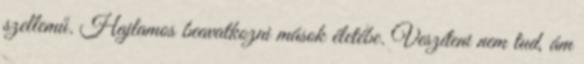
szellemű. Hajlamos beavatkozni mások életébe. Veszíteni nem tud, ám